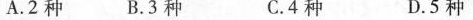
A.2种 B.3种 C.4种 D.5种